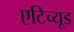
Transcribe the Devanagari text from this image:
एटिच्यूड